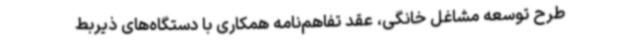
طرح توسعه مشاغل خانگی، عقد تفاهم‌نامه‌ همکاری با دستگاه‌های ذیربط